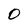
Character: O